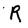
Character: R